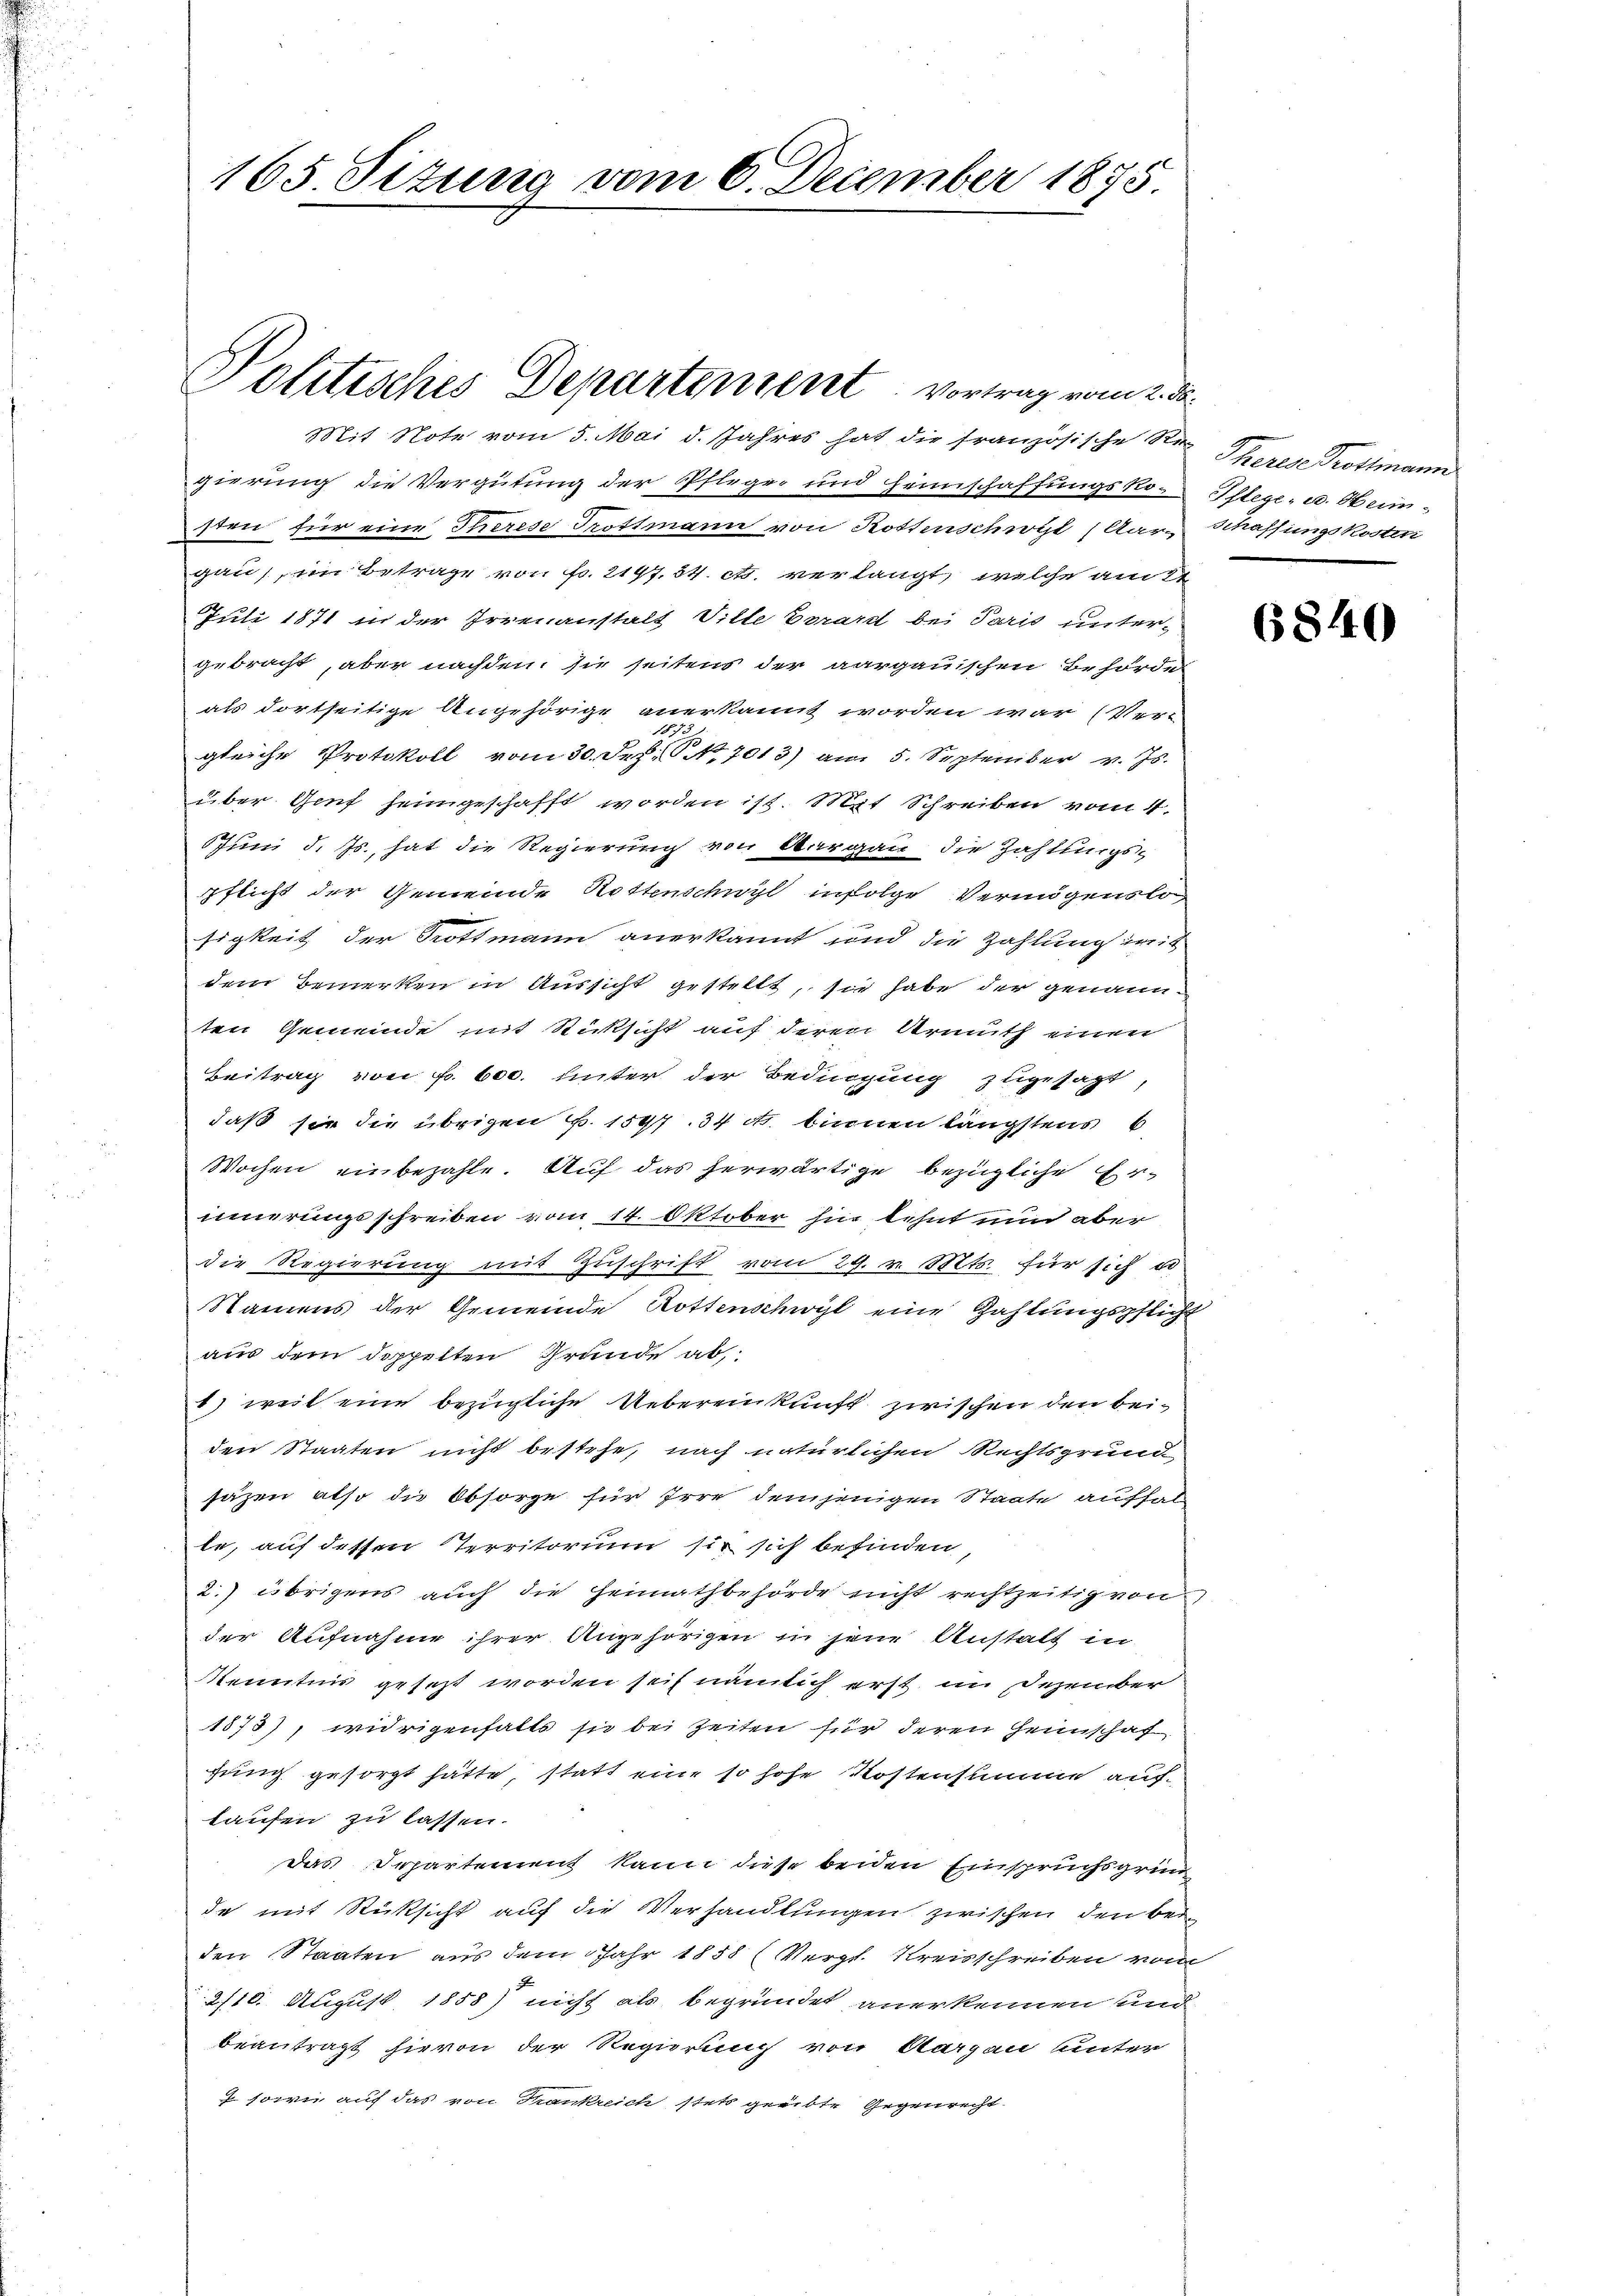
165 Situng vom 6. December 1875

gierung die Vergütung der Pflege und Hennschaffungskosten für eine Therese Trottmann von Kostenschwyt (Aar-
gau, im Betrage von Fr. 2197. 34. et. verlangt, welche ante
Juli 1871 in der Irrenanstalt Ville Errardt bei Paris unter-
gebracht, aber nachdem sie seitens der aargauischen Behörde
als dortseitige Angehörige anerkannt worden war (Ver-

gleiche Protokoll vom 30. Sep. NNo. 7013) am 5. September v. Js.
über Genf heimgeschafft worden ist. Mit Schreiben vom 4.
Juni d. Js. hat die Regierung von Aargau die Zahlungs-
pflicht der Gemeinde Rottenschwyl infolge Vermögenslosigkeit der Rottmann anerkannt und die Zahlung imit
dem Bemerken in Aussicht gestellt, sie habe der genannten Gemeinde mit Rücksicht auf deren Armuth einen
Beitrag von Fr. 600. unter der Bedingung zugesagt,
daß sie die übrigen v. 1597. 34 c. binnen längstens b
Wochen einbezahle. Auf das herwärtige bezügliche Erinnerungsschreiben vom 14. Oktober hin lehnt und aber
die Regierung mit Zuschrift vom 29. v. Mts. für sich u
Namens der Gemeinde Rottenschwyl eine Zahlungspflicht
aus dem doppelten Grunde ab,
b) weit eine bezügliche Uebereinkunft zwischen den beiden Staaten nicht bestehe, nach natürlichen Rechtsgrund,
säzen also die Obsorge für Irre demjenigen Staate auffal
le, auf dessen Territorium sie sich befinden,
2. übrigens auch die Hennathbehörde nicht rechtzeitig von
der Aufnahme ihrer Angehörigen in jene Anstalt in
Menntnis gesezt worden sich nämlich erst im Dezember
1575), widrigenfalls sie bei Zeiten für deren Heimschaf
fung gesorgt hatte statt eine so hohe Kostensumme auflaufen zu lassen.
das Departement kann diese beiden Einspruchsgrun
de mit Rücksicht auf die Verhandlungen zwischen den beiden Staaten aus dem Jahr 1858 (Vergl. Kreisschreiben von
2
2/10. August 1858) nicht als begründet anerkennen und
beantragt hievon der Regierung von Aargau unter
7 sowie auf das von Trankreich stets greibte Gegenrecht

Volitisches Departentent vortrag vom 2. d.
Mit Note vom 5. Mai d. Jahres hat die französische Rec

Theres Protimann
Pflege - u. Heim¬
Schaffung kosten

2.

6840